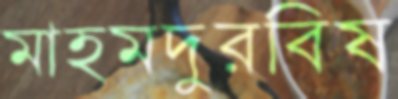
মাহমদুরবিষ